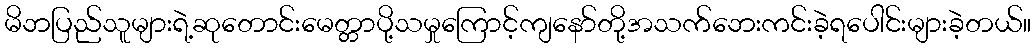
မိဘပြည်သူများရဲ့ဆုတောင်းမေတ္တာပို့သမှုကြောင့်ကျနော်တို့အသက်ဘေးကင်းခဲ့ရပေါင်းများခဲ့တယ်။